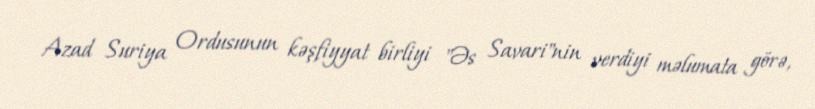
Azad Suriya Ordusunun kəşfiyyat birliyi "Əs Savari"nin verdiyi məlumata görə,